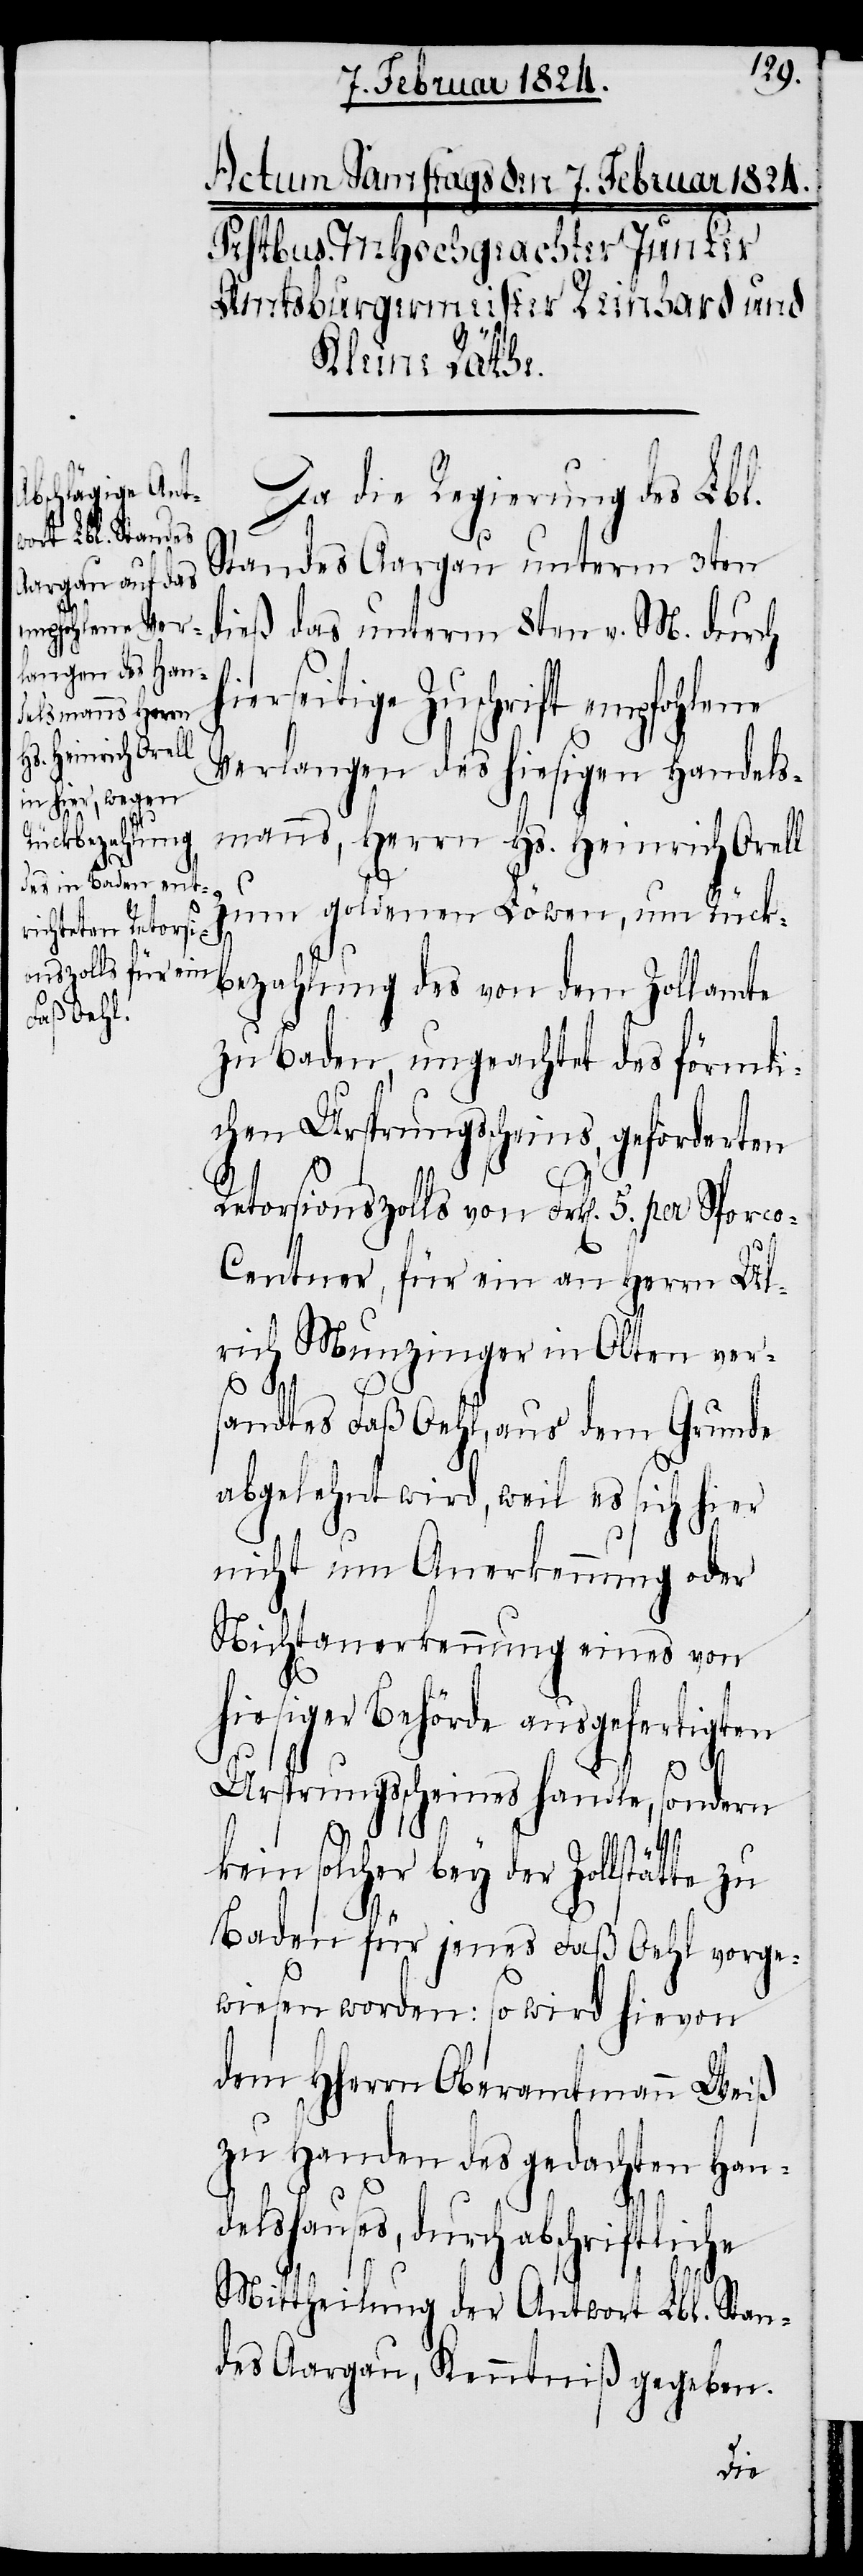
Da die Regierung des Lbl.
Standes Aargau unterm 3ten
dieß das unterm 8ten v. M. durch
ierseitige Zuschrift empfohlene
Verlangen des hiesigen Handels¬
manns, Herrn Hs. Heinrich Orell
zum goldenen Löwen, um Rück¬
bezahlung des von dem Zollamte
zu Baden, ungeachtet des förmli¬
chen Ursprungsscheins, geforderten
Retorsionszolls von Frk[en]. 5. per Sporc¬
o-Centner, für ein an Herrn Ul¬
rich Munzinger in Olten ver¬
sandtes Faß Oehl, aus dem Grunde
abgelehnt wird, weil es sich hier
nicht um Anerkennung oder
Nichtanerkennung eines von
hiesiger Behörde ausgefertigten
Ursprungsscheines handle, sondern
kein solcher bey der Zollstätte
Baden für jenes Faß Oehl vorge¬
wiesen worden: so wird hievon
dem HHerrn Oberamtmann Weiß
zu Handen des gedachten Han¬
h¬
delshauses, durch abschriftliche
Mittheilung der Antwort Lbl. Stan¬
des Aargau, Kenntniß gegeben.